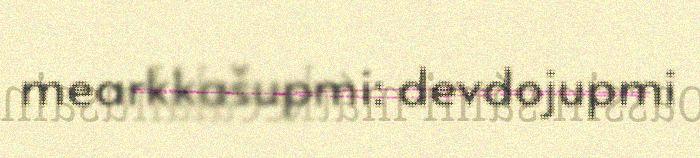
mearkkašupmi: devdojupmi